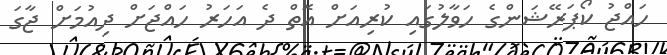
ހައްޖު ކޯޕަރޭޝަންގެ ހަވާލުގައި ކުރިއަށް އޮތް ދެ އަހަރު ހައްޖަށް ދިއުމަށް ޖާގަ